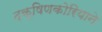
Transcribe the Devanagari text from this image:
दक्षिणकोरियाने